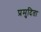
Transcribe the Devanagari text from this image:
प्रमुदिता